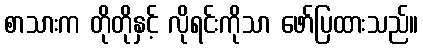
စာသားက တိုတိုနှင့် လိုရင်းကိုသာ ဖော်ပြထားသည်။